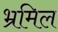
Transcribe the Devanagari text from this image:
भ्रमिल